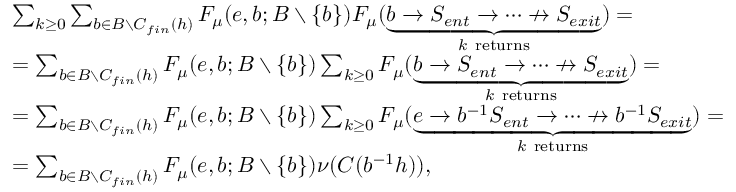
\begin{array} { r l } & { \sum _ { k \ge 0 } \sum _ { b \in B \setminus C _ { f i n } ( h ) } F _ { \mu } ( e , b ; B \setminus \{ b \} ) F _ { \mu } ( \underbrace { b \rightarrow S _ { e n t } \rightarrow \dots \nrightarrow S _ { e x i t } } _ { k \mathrm { ~ r e t u r n s } } ) = } \\ & { = \sum _ { b \in B \setminus C _ { f i n } ( h ) } F _ { \mu } ( e , b ; B \setminus \{ b \} ) \sum _ { k \ge 0 } F _ { \mu } ( \underbrace { b \rightarrow S _ { e n t } \rightarrow \dots \nrightarrow S _ { e x i t } } _ { k \mathrm { ~ r e t u r n s } } ) = } \\ & { = \sum _ { b \in B \setminus C _ { f i n } ( h ) } F _ { \mu } ( e , b ; B \setminus \{ b \} ) \sum _ { k \ge 0 } F _ { \mu } ( \underbrace { e \rightarrow b ^ { - 1 } S _ { e n t } \rightarrow \dots \nrightarrow b ^ { - 1 } S _ { e x i t } } _ { k \mathrm { ~ r e t u r n s } } ) = } \\ & { = \sum _ { b \in B \setminus C _ { f i n } ( h ) } F _ { \mu } ( e , b ; B \setminus \{ b \} ) \nu ( C ( b ^ { - 1 } h ) ) , } \end{array}